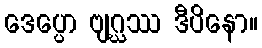
ဒေပ္ပော ဗျဂ္ဃဿ ဒီပိနော။